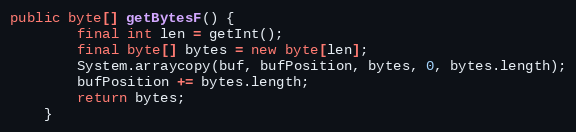
Language: Java
public byte[] getBytesF() {
		final int len = getInt();
		final byte[] bytes = new byte[len];
		System.arraycopy(buf, bufPosition, bytes, 0, bytes.length);
		bufPosition += bytes.length;
		return bytes;
	}